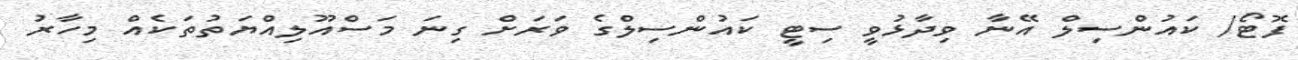
ފޮޓޯ/ ކައުންސިލް އޭނާ ވިދާޅުވީ ސިޓީ ކައުންސިލްގެ ވަރަށް ގިނަ މަސްއޫލިއްޔަތުތަކެއް މިހާރު